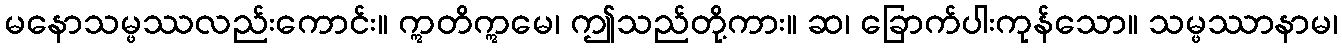
မနောသမ္ဖဿလည်းကောင်း။ ဣတိဣမေ၊ ဤသည်တို့ကား။ ဆ၊ ခြောက်ပါးကုန်သော။ သမ္ဖဿာနာမ၊